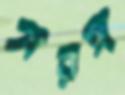
সরঙ্গ